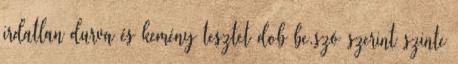
irdatlan durva és kemény tesztet dob be.szó szerint szinte